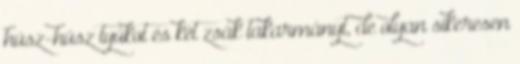
húsz-húsz tyúkot és két zsák takarmányt, de olyan sikeresen